Civil Veterinary Department Bihar & Orissa reports 1922-29 - 1922-1929
Year: 1922
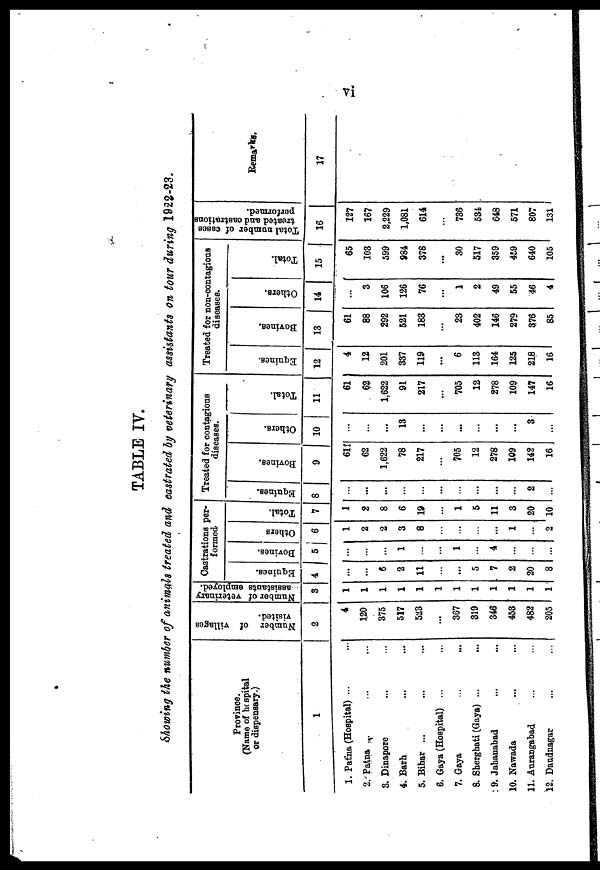
TABLE IT.
Showing the number of animals treated and castrated by veterinary assistants on tour during 1922-23.
Province.
(Name of hospital
or dispensary.)
1
1. Patna (Hospital) ...
2.'Patna ...
3. Dinapore
4. Barh
5. Bihar ...
6. Gaya (Hospital) ...
7. Gaya
8. Sherghati (Gaya) ...
9. Jahanabad
10. Nawada
11. Aurangabad
12. Daudnagar
Number of villages
visited.
2
4
120
375
517
523
...
367
319
346
453
482
205
Number of veterinary
assistants employed.
3
1
1
1
1
1
1
1
1
1
1
1
1
Castrations per-
formed
Equines.
4
...
...
5
2
11
...
...
5
7
2
20
8
Bovines.
5
...
...
...
1
...
...
1
...
4
...
...
...
Others
6
1
2
2
3
8
...
...
...
...
1
...
2
Total.
7
1
2
8
6
19
...
1
5
11
3
20
10
Treated for contagions
diseases.
Equines.
8
...
...
...
...
...
...
...
...
...
...
2
...
Bovines.
9
611
62
1,622
78
217
...
705
12
278
109
142
16
Others.
10
...
...
...
13
...
...
...
...
...
...
3
...
Total.
11
61
62
1,622
91
217
...
705
12
278
109
147
16
Treated for non-contagious
diseases.
Equines.
12
4
12
201
337
119
...
6
113
164
125
218
16
Bovines.
13
61
88
292
521
183
...
23
402
146
279
376
85
Others.
14
...
3
106
126
76
...
1
2
49
55
46
4
Total.
15
65
103
599
984
378
...
30
517
359
459
640
105
Total number of cases
treated and castrations
performed.
16
127
167
2,229
1,081
614
...
736
534
648
571
807
131
Remarks.
17